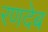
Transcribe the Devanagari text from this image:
रणदेब